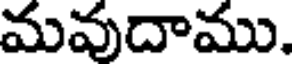
మవుదాము.